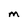
Character: M